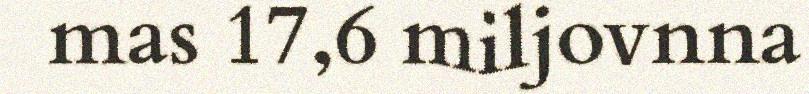
mas 17,6 miljovnna